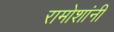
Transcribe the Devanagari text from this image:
रामोशांनी